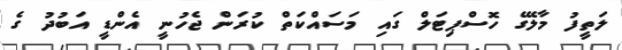
ލަތީފު މާލޭގެ ހޮސްޕިޓަލް ގައި މަސައްކަތް ކުރަން ޖެހުނީ އެންޑީ އަބުދު ގެ